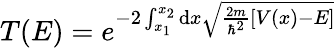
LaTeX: T(E)=e^{-2\int_{x_{1}}^{x_{2}}\mathrm{d}x{\sqrt{{\frac{2m}{\hbar^{2}}}\left[V(x)-E\right]}}}